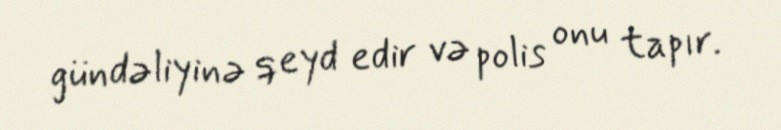
gündəliyinə qeyd edir və polis onu tapır.